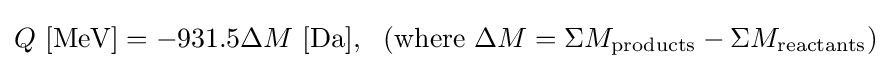
Q{\text{ [MeV]}}=-931.5\Delta M{\text{ [Da]}},~~({\text{where }}\Delta M=\Sigma M_{\text{products}}-\Sigma M_{\text{reactants}})